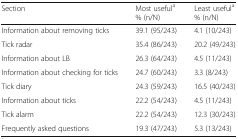
<table><thead><tr><td><b>Section</b></td><td><b>Most useful<sup>a</sup>% (n/N)</b></td><td><b>Least useful<sup>a</sup>% (n/N)</b></td></tr></thead><tbody><tr><td>Information about removing ticks</td><td>39.1 (95/243)</td><td>4.1 (10/243)</td></tr><tr><td>Tick radar</td><td>35.4 (86/243)</td><td>20.2 (49/243)</td></tr><tr><td>Information about LB</td><td>26.3 (64/243)</td><td>4.5 (11/243)</td></tr><tr><td>Information about checking for ticks</td><td>24.7 (60/243)</td><td>3.3 (8/243)</td></tr><tr><td>Tick diary</td><td>24.3 (59/243)</td><td>16.5 (40/243)</td></tr><tr><td>Information about ticks</td><td>22.2 (54/243)</td><td>4.5 (11/243)</td></tr><tr><td>Tick alarm</td><td>22.2 (54/243)</td><td>12.3 (30/243)</td></tr><tr><td>Frequently asked questions</td><td>19.3 (47/243)</td><td>5.3 (13/243)</td></tr></tbody></table>